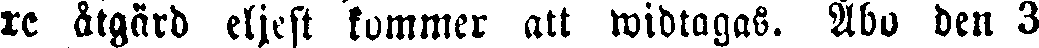
re åtgärd eljest kommer att widtagas. Åbo den 3